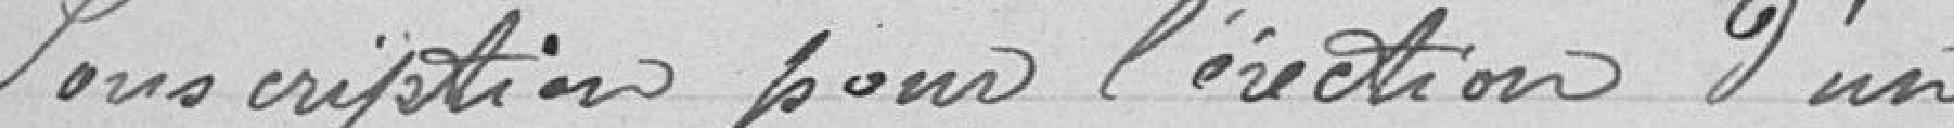
Souscriptions pour l’érection d'un